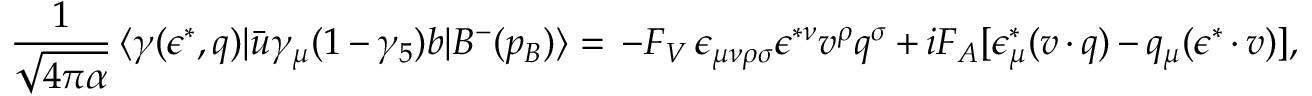
\frac { 1 } { \sqrt { 4 \pi \alpha } } \, \langle \gamma ( \epsilon ^ { * } , q ) | \bar { u } \gamma _ { \mu } ( 1 - \gamma _ { 5 } ) b | B ^ { - } ( p _ { B } ) \rangle = \, - F _ { V } \, \epsilon _ { \mu \nu \rho \sigma } \epsilon ^ { * \nu } v ^ { \rho } q ^ { \sigma } + i F _ { A } [ \epsilon _ { \mu } ^ { * } ( v \cdot q ) - q _ { \mu } ( \epsilon ^ { * } \cdot v ) ] ,